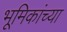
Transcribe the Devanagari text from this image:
भूमिकांच्या